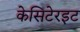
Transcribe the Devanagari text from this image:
केसिटेरइट